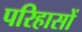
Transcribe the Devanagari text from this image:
परिहासों